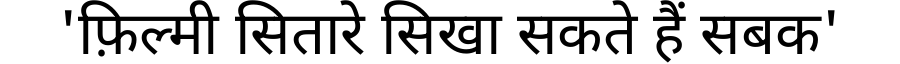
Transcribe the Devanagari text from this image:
'फ़िल्मी सितारे सिखा सकते हैं सबक'